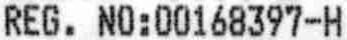
REG. NO:00168397-H